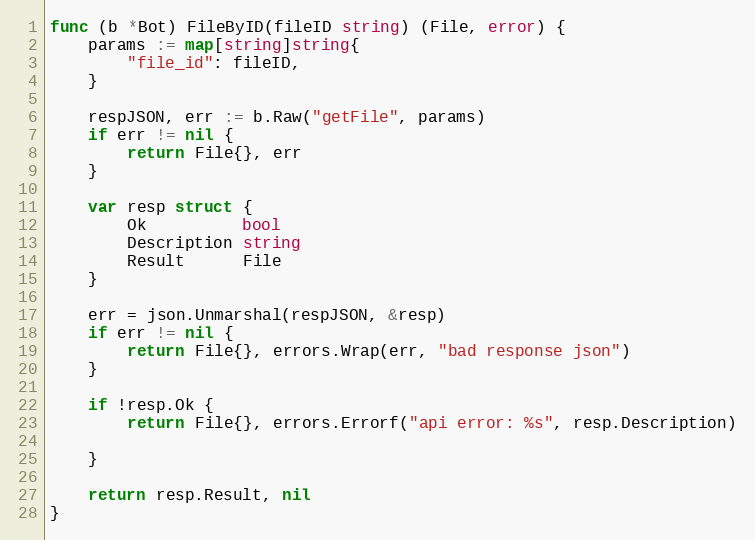
Language: Go
func (b *Bot) FileByID(fileID string) (File, error) {
	params := map[string]string{
		"file_id": fileID,
	}

	respJSON, err := b.Raw("getFile", params)
	if err != nil {
		return File{}, err
	}

	var resp struct {
		Ok          bool
		Description string
		Result      File
	}

	err = json.Unmarshal(respJSON, &resp)
	if err != nil {
		return File{}, errors.Wrap(err, "bad response json")
	}

	if !resp.Ok {
		return File{}, errors.Errorf("api error: %s", resp.Description)

	}

	return resp.Result, nil
}